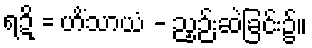
ရဍိ = ဟိံသာယံ - ညှဉ်းဆဲခြင်း၌။